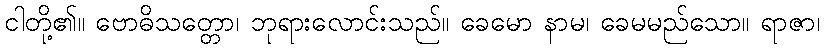
ငါတို့၏။ ဗောဓိသတ္တော၊ ဘုရားလောင်းသည်။ ခေမော နာမ၊ ခေမမည်သော။ ရာဇာ၊